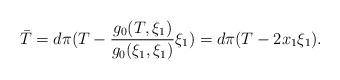
LaTeX: \begin{align*}\bar{T} = d\pi(T - \frac{g_0(T,\xi_1)}{g_0(\xi_1,\xi_1)}\xi_1) = d\pi(T - 2x_1\xi_1).\end{align*}